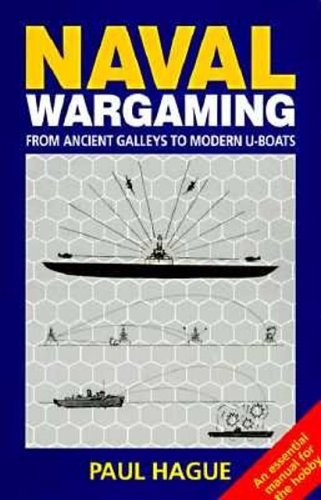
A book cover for Naval Wargaming: From Ancient Galleys to Modern U-Boats; P. Hague; Science Fiction & Fantasy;